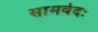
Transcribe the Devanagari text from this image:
सामवेदः